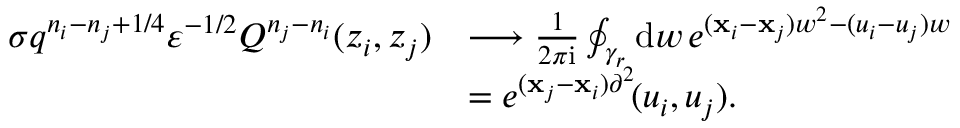
\begin{array} { r l } { \sigma q ^ { n _ { i } - n _ { j } + 1 / 4 } \varepsilon ^ { - 1 / 2 } Q ^ { n _ { j } - n _ { i } } ( z _ { i } , z _ { j } ) } & { \longrightarrow \frac { 1 } { 2 \pi \mathrm { i } } \oint _ { \gamma _ { r } } \mathrm { d } w \, e ^ { ( \mathbf { x } _ { i } - \mathbf { x } _ { j } ) w ^ { 2 } - ( u _ { i } - u _ { j } ) w } } \\ & { = e ^ { ( \mathbf { x } _ { j } - \mathbf { x } _ { i } ) \partial ^ { 2 } } \! ( u _ { i } , u _ { j } ) . } \end{array}